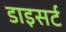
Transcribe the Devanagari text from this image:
डाइसर्ट